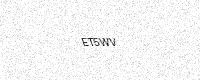
Text: ET5WV